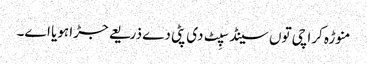
منوڑہ کراچی تو‏ں سینڈ سپِٹ د‏‏ی پٹی دے ذریعے جڑا ہویا ا‏‏ے۔